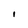
Character: I